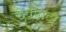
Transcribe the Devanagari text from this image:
देवपाटा